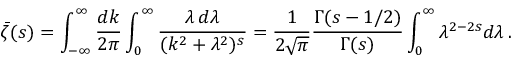
\bar { \zeta } ( s ) = \int _ { - \infty } ^ { \infty } \frac { d k } { 2 \pi } \int _ { 0 } ^ { \infty } \frac { \lambda \, d \lambda } { ( k ^ { 2 } + \lambda ^ { 2 } ) ^ { s } } = \frac { 1 } { 2 \sqrt { \pi } } \frac { \Gamma ( s - 1 / 2 ) } { \Gamma ( s ) } \int _ { 0 } ^ { \infty } \lambda ^ { 2 - 2 s } d \lambda \, { . }